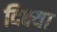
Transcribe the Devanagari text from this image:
दिक्ष्या